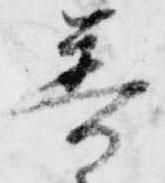
普